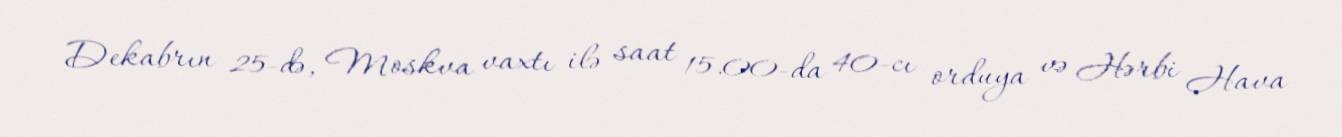
Dekabrın 25-də, Moskva vaxtı ilə saat 15.00-da 40-cı orduya və Hərbi Hava